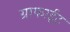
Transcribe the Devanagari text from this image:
ग्राफाईट